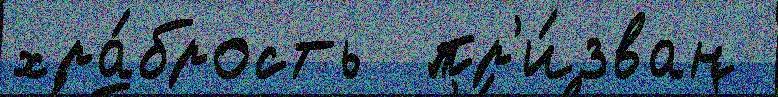
хра́брость  пр'и́зван